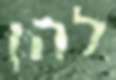
להן